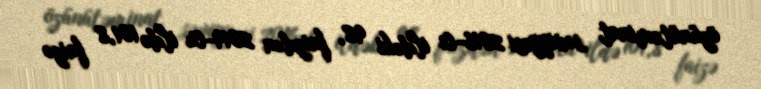
özünütəminat səviyyəsi 2016-cı ildəki 98, faizdən 2019-cu ildə 101,8 faizə